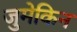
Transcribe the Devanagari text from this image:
जुमेकिन